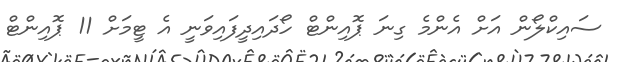
ސައިކްލޯން އަށް އެންމެ ގިނަ ޕޮއިންޓް ހޯދައިދީފައިވަނީ އެ ޓީމަށް 11 ޕޮއިންޓް